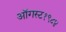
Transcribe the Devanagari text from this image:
ऑगस्ट१९८४